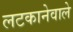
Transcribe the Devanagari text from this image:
लटकानेवाले